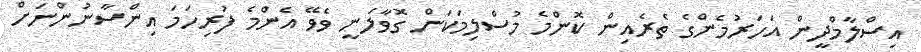
އިސްލާމްދީން އަހަރުމެންގެ ތެރެއިން ކޮންމެ މުސްލިމަކަށް ގޮވާލަނީ ވެވޭ އެންމެ ފުރިހަމަ އިންސާނުންނަށް